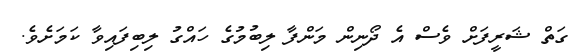
ގަތް ޝަރީފަށް ވެސް އެ ދޯނިން މަންފާ ލިބުމުގެ ހައްގު ލިބިފައިވާ ކަމަށެވެ.